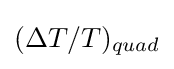
(\Delta T/T)_{quad}